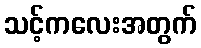
သင့်ကလေးအတွက်